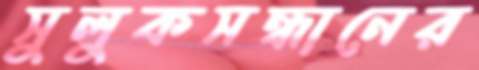
সুলুকসন্ধানের